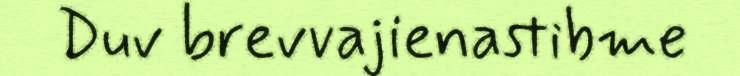
Duv brevvajienastibme